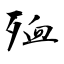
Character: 殈